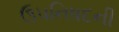
ઉપનિષદની